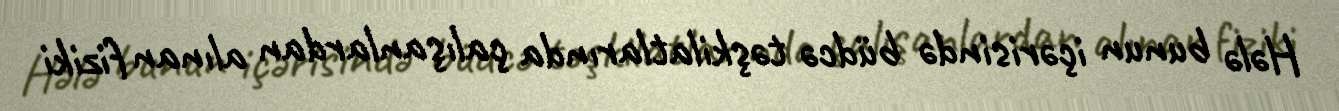
Hələ bunun içərisində büdcə təşkilatlarında çalışanlardan alınan fiziki